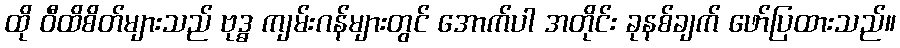
ထို ဝီထိစိတ်များသည် ဗုဒ္ဓ ကျမ်းဂန်များတွင် အောက်ပါ အတိုင်း ခုနစ်ချက် ဖော်ပြထားသည်။